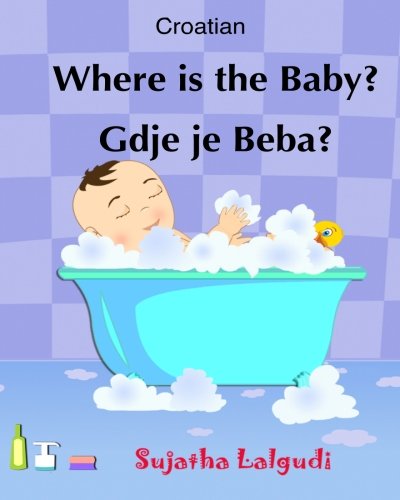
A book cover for Croatian: Where is the Baby. Gdje je Beba: Children's English-Croatian Picture book (Bilingual Edition),Croatian Kids book,Croatian books for ... for children) (Volume 1) (Croatian Edition); Sujatha Lalgudi; Children's Books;